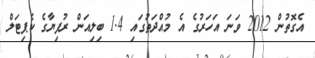
އެގޮތުން 2012 ވަނަ އަހަރުގެ އެ މުއްދަތުގައި 1.4 ބިލިއަން ރުފިޔާގެ ކެޕިޓަލް